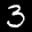
Label: 3